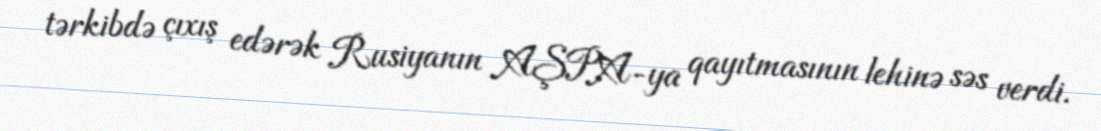
tərkibdə çıxış edərək Rusiyanın AŞPA-ya qayıtmasının lehinə səs verdi.